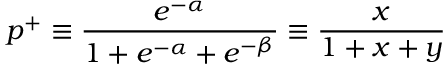
p ^ { + } \equiv \frac { e ^ { - \alpha } } { 1 + e ^ { - \alpha } + e ^ { - \beta } } \equiv \frac { x } { 1 + x + y }